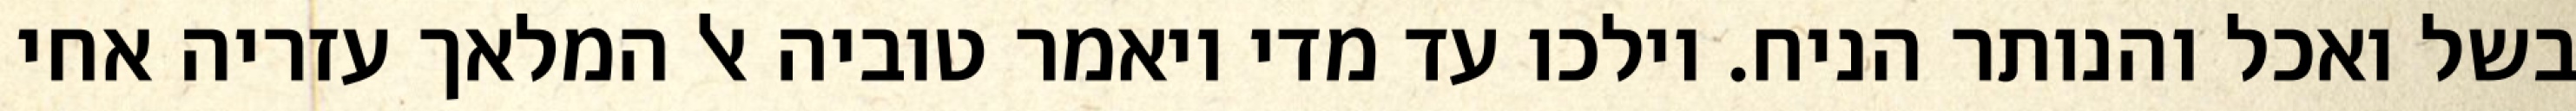
בשל ואכל והנותר הניח. וילכו עד מדי ויאמר טוביה אל המלאך עזריה אחי